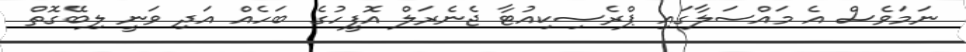
ނަމަވެސް އެ މައްސަލާގައި ޕްރެސިކިއުޓާ ޖެނެރަލް އޮފީހުގެ ބަހެއް އަދި ވަނީ ލިބޭގޮތް